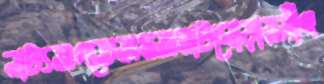
নাট্যজগতেজমজমাটঘোড়ায়সাঁৎ